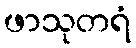
ဖာသုတရံ